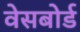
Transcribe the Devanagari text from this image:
वेसबोर्ड